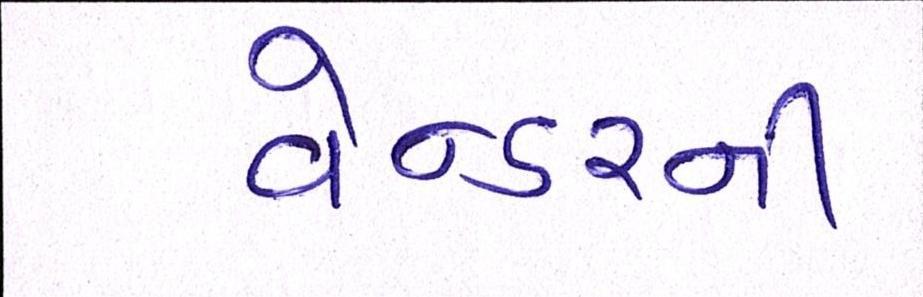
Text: વેન્ડરની